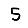
Digit: 5